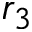
r _ { 3 }